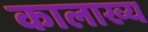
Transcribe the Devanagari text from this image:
कालाख्य